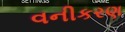
વનીકરણ